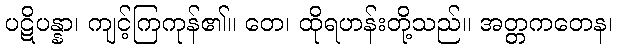
ပဋိပန္နာ၊ ကျင့်ကြကုန်၏။ တေ၊ ထိုရဟန်းတို့သည်။ အတ္တကတေန၊